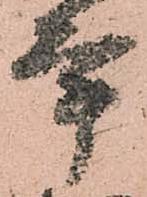
年